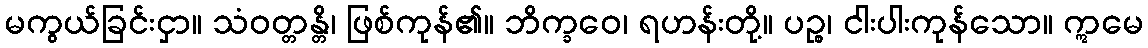
မကွယ်ခြင်းငှာ။ သံဝတ္တန္တိ၊ ဖြစ်ကုန်၏။ ဘိက္ခဝေ၊ ရဟန်းတို့။ ပဉ္စ၊ ငါးပါးကုန်သော။ ဣမေ